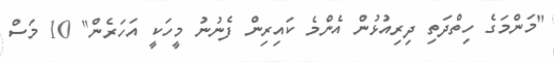
"މަންމަގެ ހިތްދަތި ދިރިއުޅުން އެންމެ ކައިރިން ފެނުނު މީހަކީ އަހަރެން" 10 މަސް